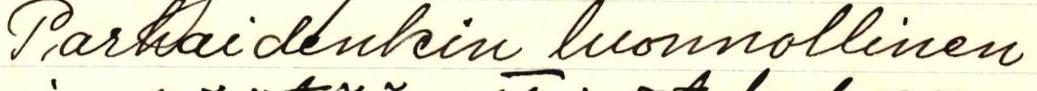
Parhaidenkin luonnollinen